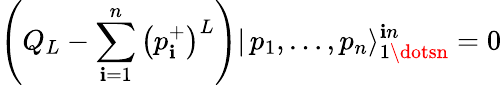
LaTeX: \left(Q_{L}-\sum_{\mathbf{i}=1}^{n}\left(p_{\mathbf{i}}^{+}\right)^{L}\right)|\, p_{1},\dots,p_{n}\rangle_{1\dotsn}^{\mathbf{i}n}=0